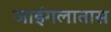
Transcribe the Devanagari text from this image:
जाईगलातास